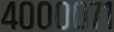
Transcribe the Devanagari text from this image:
४००००७१